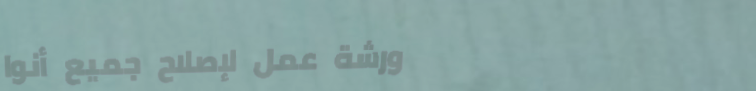
ورشة عمل لإصلاح جميع أنوا